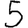
Digit: 5